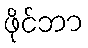
ဖိုင်ဘာ